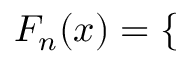
\begin{array} { r } { F _ { n } ( x ) = \left\{ \begin{array} { l l } \end{array} \right. } \end{array}